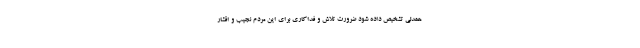
همدلی تشخیص داده شود ضرورت تلاش و فداکاری برای این مردم نجیب و اقشار